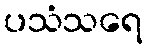
ပသံသရေ